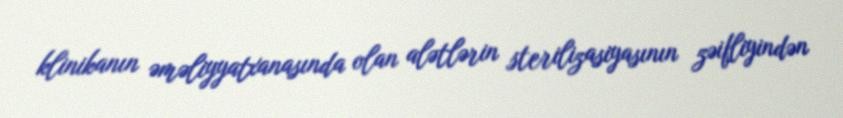
klinikanın əməliyyatxanasında olan alətlərin sterilizasiyasının zəifliyindən